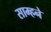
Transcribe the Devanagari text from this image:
साम्हने